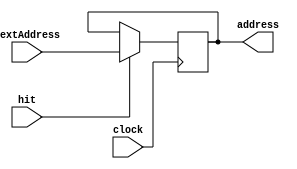
`timescale 1ns / 1ps

 module PC(address, nextAddress, clock, hit);
 
	input [31:0] nextAddress;
	input clock;
	input hit;
	
	output reg[31:0] address = 0;
	
	always @(negedge clock) 
		  begin
				if(hit == 1)
					address = nextAddress;
				
		 end

endmodule